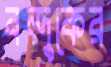
বন্দুকের